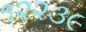
૧૨૨૩૯